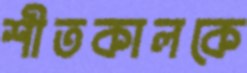
শীতকালকে